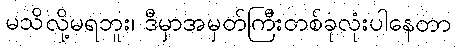
မသိလို့မရဘူး၊ ဒီမှာအမှတ်ကြီးတစ်ခုလုံးပါနေတာ